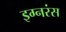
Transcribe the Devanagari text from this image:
इग्नरंस